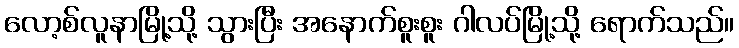
လော့စ်လူနာမြို့သို့ သွားပြီး အနောက်စူးစူး ဂါလပ်မြို့သို့ ရောက်သည်။